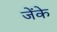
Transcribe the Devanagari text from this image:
जेंके